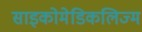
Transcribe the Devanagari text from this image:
साइकोमेडिकलिज्म